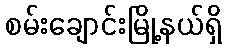
စမ်းချောင်းမြို့နယ်ရှိ